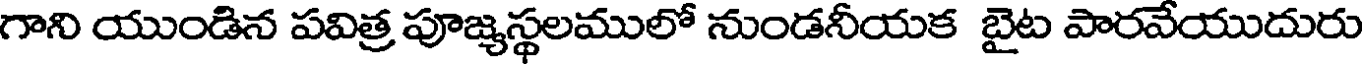
గాని యుండిన పవిత్ర పూజ్యస్థలములో నుండనీయక బైట పారవేయుదురు